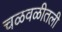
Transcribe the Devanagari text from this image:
चळवळीतली